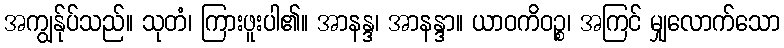
အကျွန်ုပ်သည်။ သုတံ၊ ကြားဖူးပါ၏။ အာနန္ဒ၊ အာနန္ဒာ။ ယာဝကိဝဉ္စ၊ အကြင် မျှလောက်သော